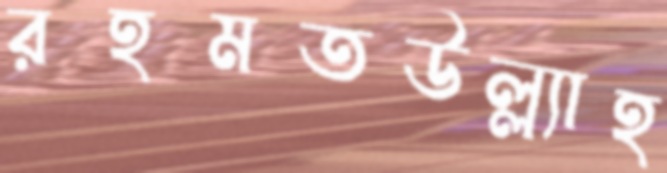
রহমতউল্ল্যাহ